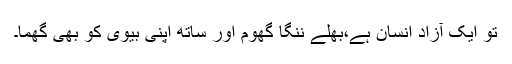
تو ایک آزاد انسان ہے،بھلے ننگا گھوم اور ساتھ اپنی بیوی کو بھی گھما۔